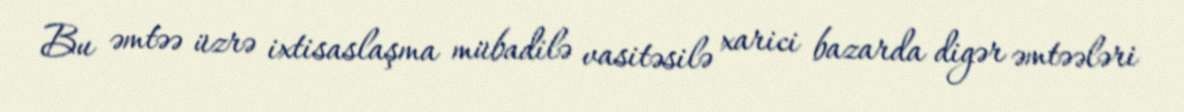
Bu əmtəə üzrə ixtisaslaşma mübadilə vasitəsilə xarici bazarda digər əmtəələri